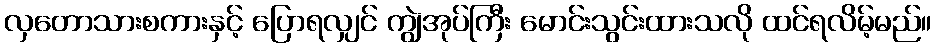
လှတောသားစကားနှင့် ပြောရလျှင် ကျွဲအုပ်ကြီး မောင်းသွင်းထားသလို ထင်ရလိမ့်မည်။